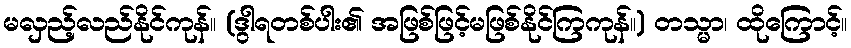
မလှည့်လည်နိုင်ကုန်။ (ဒွါရတစ်ပါး၏ အဖြစ်ဖြင့်မဖြစ်နိုင်ကြကုန်။) တသ္မာ၊ ထိုကြောင့်။